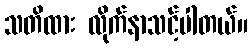
သတိထား လိုက်နာသင့်ပါတယ်။